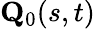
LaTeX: \mathbf{Q}_{0}(s,t)